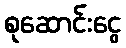
စုဆောင်းငွေ